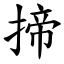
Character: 揥